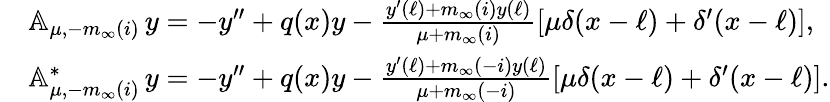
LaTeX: \begin{array}{rl}&{{\mathbb A}_{\mu,-m_{\infty}(i)}\, y=-y^{\prime\prime}+q(x)y-\frac{y^{\prime}(\ell)+m_{\infty}(i)y(\ell)}{\mu+m_{\infty}(i)}[\mu\delta(x-\ell)+\delta^{\prime}(x-\ell)],}\\ &{{\mathbb A}_{\mu,-m_{\infty}(i)}^{*}\, y=-y^{\prime\prime}+q(x)y-\frac{y^{\prime}(\ell)+m_{\infty}(-i)y(\ell)}{\mu+m_{\infty}(-i)}[\mu\delta(x-\ell)+\delta^{\prime}(x-\ell)].}\end{array}